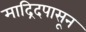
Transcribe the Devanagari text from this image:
माद्रिदपासून